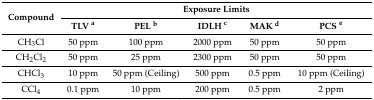
<table><thead><tr><td rowspan="2"><b>Compound</b></td><td colspan="5"><b>Exposure Limits</b></td></tr><tr><td><b>TLV <sup>a</sup></b></td><td><b>PEL <sup>b</sup></b></td><td><b>IDLH <sup>c</sup></b></td><td><b>MAK <sup>d</sup></b></td><td><b>PCS <sup>e</sup></b></td></tr></thead><tbody><tr><td>CH<sub>3</sub>Cl</td><td>50 ppm</td><td>100 ppm</td><td>2000 ppm</td><td>50 ppm</td><td>50 ppm</td></tr><tr><td>CH<sub>2</sub>Cl<sub>2</sub></td><td>50 ppm</td><td>25 ppm</td><td>2300 ppm</td><td>50 ppm</td><td>50 ppm</td></tr><tr><td>CHCl<sub>3</sub></td><td>10 ppm</td><td>50 ppm (Ceiling)</td><td>500 ppm</td><td>0.5 ppm</td><td>10 ppm (Ceiling)</td></tr><tr><td>CCl<sub>4</sub></td><td>0.1 ppm</td><td>10 ppm</td><td>200 ppm</td><td>0.5 ppm</td><td>2 ppm</td></tr></tbody></table>